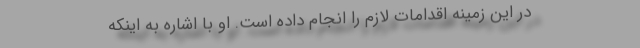
در این زمینه اقدامات لازم را انجام داده است. او با اشاره به اینکه